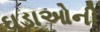
ઘડાઓની